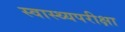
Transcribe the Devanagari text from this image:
स्वास्थ्यपरीक्षा